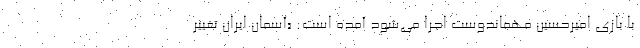
با بازی امیرحسین مهماندوست اجرا می‌شود آمده است: «آسمان ایران تغییر